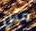
مثل